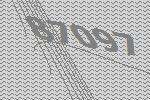
87097